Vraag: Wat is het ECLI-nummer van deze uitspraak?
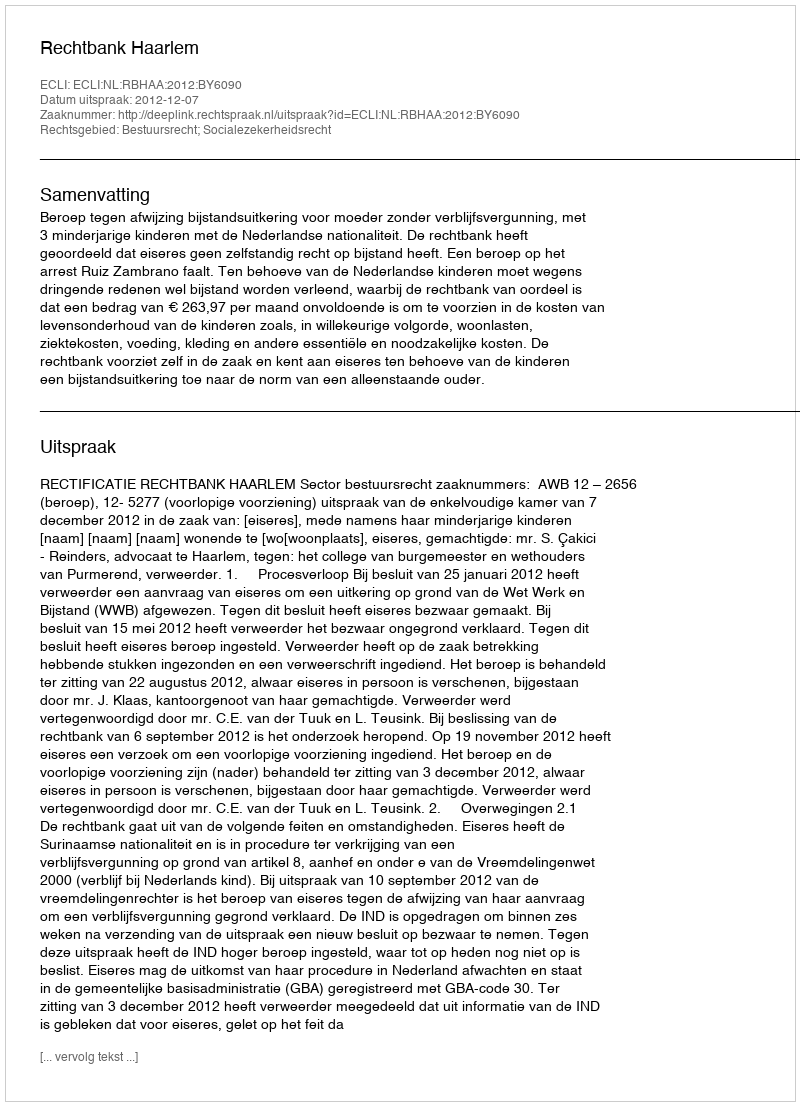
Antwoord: ECLI:NL:RBHAA:2012:BY6090